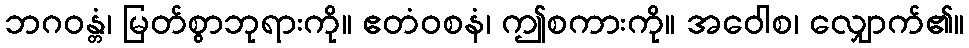
ဘဂဝန္တံ၊ မြတ်စွာဘုရားကို။ ဧတံဝစနံ၊ ဤစကားကို။ အဝေါစ၊ လျှောက်၏။